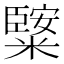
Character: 𥼿